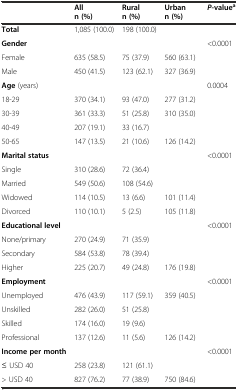
<table><thead><tr><td>[EMPTY_CELL]</td><td><b>All n (%)</b></td><td><b>Rural n (%)</b></td><td><b>Urban n (%)</b></td><td><b><i>P</i>-value<sup>a</sup></b></td></tr></thead><tbody><tr><td><b>Total</b></td><td>1,085 (100.0)</td><td>198 (100.0)</td><td>[EMPTY_CELL]</td><td>[EMPTY_CELL]</td></tr><tr><td><b>Gender</b></td><td>[EMPTY_CELL]</td><td>[EMPTY_CELL]</td><td>[EMPTY_CELL]</td><td>&lt;0.0001</td></tr><tr><td>Female</td><td>635 (58.5)</td><td>75 (37.9)</td><td>560 (63.1)</td><td rowspan="2">[EMPTY_CELL]</td></tr><tr><td>Male</td><td>450 (41.5)</td><td>123 (62.1)</td><td>327 (36.9)</td></tr><tr><td><b>Age</b> (years)</td><td>[EMPTY_CELL]</td><td>[EMPTY_CELL]</td><td>[EMPTY_CELL]</td><td>0.0004</td></tr><tr><td>18-29</td><td>370 (34.1)</td><td>93 (47.0)</td><td>277 (31.2)</td><td rowspan="4">[EMPTY_CELL]</td></tr><tr><td>30-39</td><td>361 (33.3)</td><td>51 (25.8)</td><td>310 (35.0)</td></tr><tr><td>40-49</td><td>207 (19.1)</td><td>33 (16.7)</td><td>[EMPTY_CELL]</td></tr><tr><td>50-65</td><td>147 (13.5)</td><td>21 (10.6)</td><td>126 (14.2)</td></tr><tr><td><b>Marital status</b></td><td>[EMPTY_CELL]</td><td>[EMPTY_CELL]</td><td>[EMPTY_CELL]</td><td>&lt;0.0001</td></tr><tr><td>Single</td><td>310 (28.6)</td><td>72 (36.4)</td><td>[EMPTY_CELL]</td><td rowspan="4">[EMPTY_CELL]</td></tr><tr><td>Married</td><td>549 (50.6)</td><td>108 (54.6)</td><td>[EMPTY_CELL]</td></tr><tr><td>Widowed</td><td>114 (10.5)</td><td>13 (6.6)</td><td>101 (11.4)</td></tr><tr><td>Divorced</td><td>110 (10.1)</td><td>5 (2.5)</td><td>105 (11.8)</td></tr><tr><td><b>Educational level</b></td><td>[EMPTY_CELL]</td><td>[EMPTY_CELL]</td><td>[EMPTY_CELL]</td><td>&lt;0.0001</td></tr><tr><td>None/primary</td><td>270 (24.9)</td><td>71 (35.9)</td><td>[EMPTY_CELL]</td><td rowspan="3">[EMPTY_CELL]</td></tr><tr><td>Secondary</td><td>584 (53.8)</td><td>78 (39.4)</td><td>[EMPTY_CELL]</td></tr><tr><td>Higher</td><td>225 (20.7)</td><td>49 (24.8)</td><td>176 (19.8)</td></tr><tr><td><b>Employment</b></td><td>[EMPTY_CELL]</td><td>[EMPTY_CELL]</td><td>[EMPTY_CELL]</td><td>&lt;0.0001</td></tr><tr><td>Unemployed</td><td>476 (43.9)</td><td>117 (59.1)</td><td>359 (40.5)</td><td rowspan="4">[EMPTY_CELL]</td></tr><tr><td>Unskilled</td><td>282 (26.0)</td><td>51 (25.8)</td><td>[EMPTY_CELL]</td></tr><tr><td>Skilled</td><td>174 (16.0)</td><td>19 (9.6)</td><td>[EMPTY_CELL]</td></tr><tr><td>Professional</td><td>137 (12.6)</td><td>11 (5.6)</td><td>126 (14.2)</td></tr><tr><td><b>Income per month</b></td><td>[EMPTY_CELL]</td><td>[EMPTY_CELL]</td><td>[EMPTY_CELL]</td><td>&lt;0.0001</td></tr><tr><td>≤ USD 40</td><td>258 (23.8)</td><td>121 (61.1)</td><td>[EMPTY_CELL]</td><td rowspan="2">[EMPTY_CELL]</td></tr><tr><td>&gt; USD 40</td><td>827 (76.2)</td><td>77 (38.9)</td><td>750 (84.6)</td></tr></tbody></table>